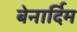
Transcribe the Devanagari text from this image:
बेनार्दिम